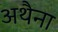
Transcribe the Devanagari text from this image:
अथैना